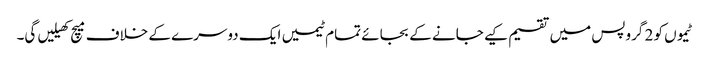
ٹیموں کو 2 گروپس میں تقسیم کیے جانے کے بجائے تمام ٹیمیں ایک دوسرے کے خلاف میچ کھیلیں گی۔